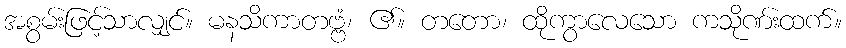
အစွမ်းဖြင့်သာလျှင်။ မနသိကာတဗ္ဗံ၊ ၏။ တတော၊ ထိုကွာလေသော ကသိုဏ်းထက်။